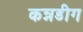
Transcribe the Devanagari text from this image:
कन्नडीग